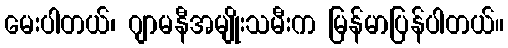
မေးပါတယ်၊ ဂျာမနီအမျိုးသမီးက မြန်မာပြန်ပါတယ်။